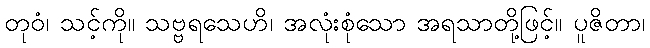
တုဝံ၊ သင့်ကို။ သဗ္ဗရသေဟိ၊ အလုံးစုံသော အရသာတို့ဖြင့်။ ပူဇိတာ၊